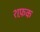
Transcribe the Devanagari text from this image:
शफ़क